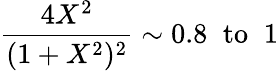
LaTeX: \frac{4X^{2}}{(1+X^{2})^{2}}\sim 0.8\; \; \mathrm{to}\; \; 1